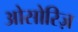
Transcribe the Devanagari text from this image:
ओसोरिज़